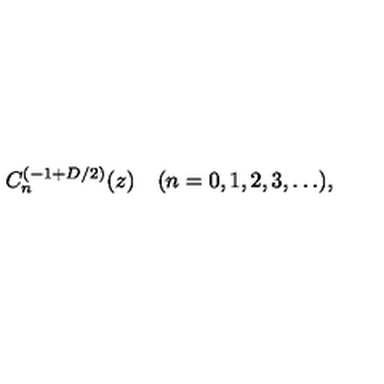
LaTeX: C _ { n } ^ { ( - 1 + D / 2 ) } ( z ) \quad ( n = 0 , 1 , 2 , 3 , \ldots ) ,